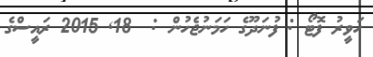
ހަވީރު ފޮޓޯ : ފުނަދޫގެ ހަމަނުޖެހުން :  18